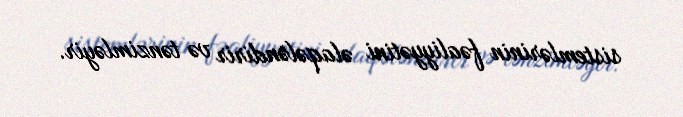
sistemlərinin fəaliyyətini əlaqələndirir və tənzimləyir.